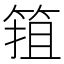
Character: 𱸄